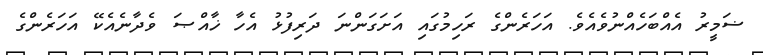
ޟަމީރު އެއްބަހެއްނުވެއެވެ. އަހަރެންގެ ރަހިމުގައި އަށަގަންނަ ދަރިފުޅު އެހާ ޚާއްޞަ ވެދާނެއެކޭ އަހަރެންގެ